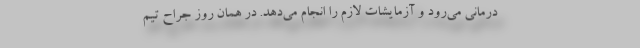
درمانی می‌رود و آزمایشات لازم را انجام می‌دهد. در همان روز جراح تیم